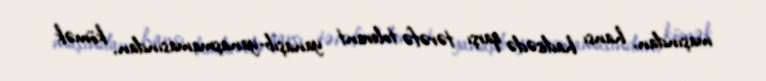
maşından, hansı hadisədə qarşı tərəfə tolerant yanaşıb-yanaşmamasından, kömək